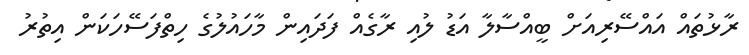
ރާޅުތައް އައްސޭރިއަށް ބީއްސާލާ އަޑު ލުއި ރާގެއް ފަދައިން މާހައުލުގެ ހިތްފަސޭހަކަން އިތުރު